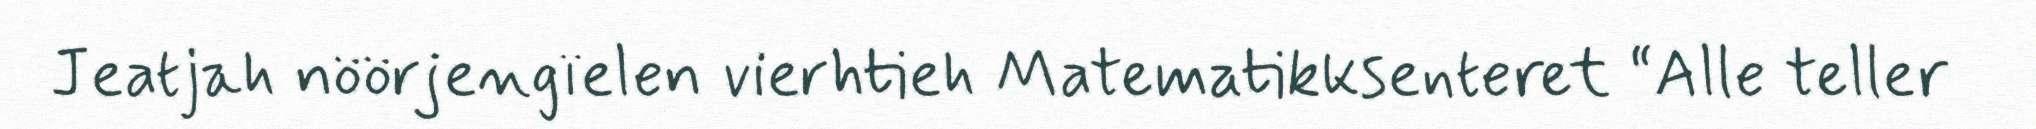
Jeatjah nöörjengïelen vierhtieh Matematikksenteret “Alle teller